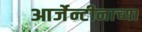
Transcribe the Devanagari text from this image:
आर्जेन्टीनाच्या